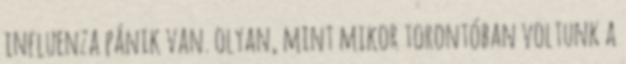
influenza pánik van. olyan, mint mikor torontóban voltunk a